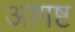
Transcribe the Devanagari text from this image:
आगष्ट